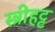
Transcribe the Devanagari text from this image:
स्त्रीहट्ट